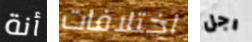
أنة اختلافات رجل